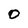
Character: 0